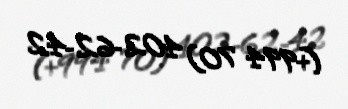
(+994 70) 402-62-42